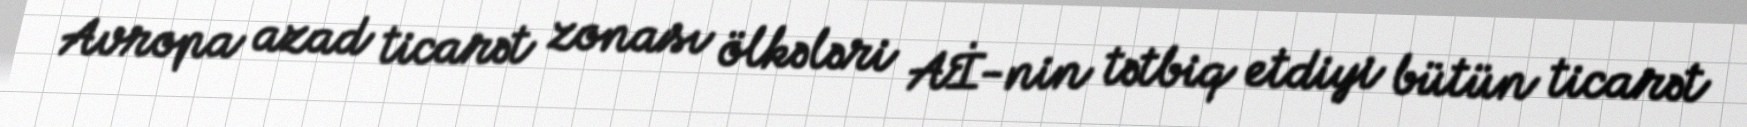
Avropa azad ticarət zonası ölkələri Aİ-nin tətbiq etdiyi bütün ticarət